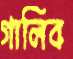
গালিব